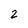
Character: 2